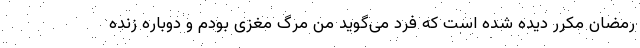
رمضان مکرر دیده شده است که فرد می‌گوید من مرگ مغزی بودم و دوباره زنده